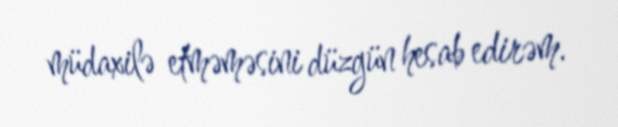
müdaxilə etməməsini düzgün hesab edirəm.